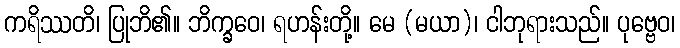
ကရိဿတိ၊ ပြုဘိ၏။ ဘိက္ခဝေ၊ ရဟန်းတို့။ မေ (မယာ)၊ ငါဘုရားသည်။ ပုဗ္ဗေဝ၊